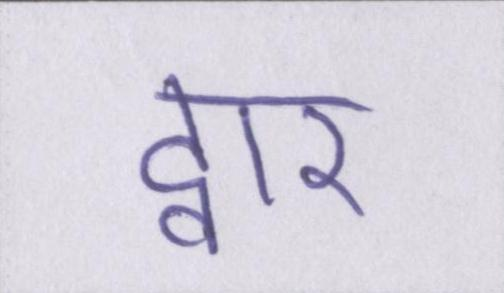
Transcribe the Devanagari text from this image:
द्वार